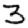
Digit: 3